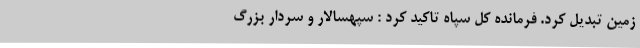
زمین تبدیل کرد. فرمانده کل سپاه تاکید کرد : سپهسالار و سردار بزرگ